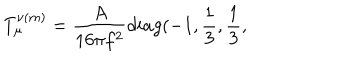
T _ { \mu } ^ { \nu ( m ) } = \frac { A } { 1 6 \pi f ^ { 2 } } d i a g ( - 1 , \frac { 1 } { 3 } , \frac { 1 } { 3 } ,